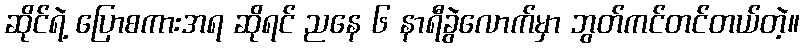
ဆိုင်ရဲ့ ပြောစကားအရ ဆိုရင် ညနေ ၆ နာရီခွဲလောက်မှာ ဘွတ်ကင်တင်တယ်တဲ့။